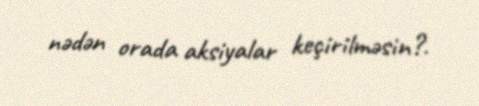
nədən orada aksiyalar keçirilməsin?.